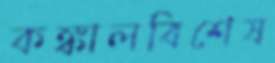
কঙ্কালবিশেষ